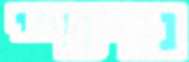
נגיפיי